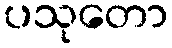
ပသုတော